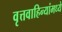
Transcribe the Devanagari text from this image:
वृत्तवाहिन्यांमध्ये